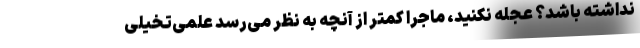
نداشته باشد؟ عجله نکنید، ماجرا کمتر از آنچه به نظر می‌رسد علمی‌تخیلی